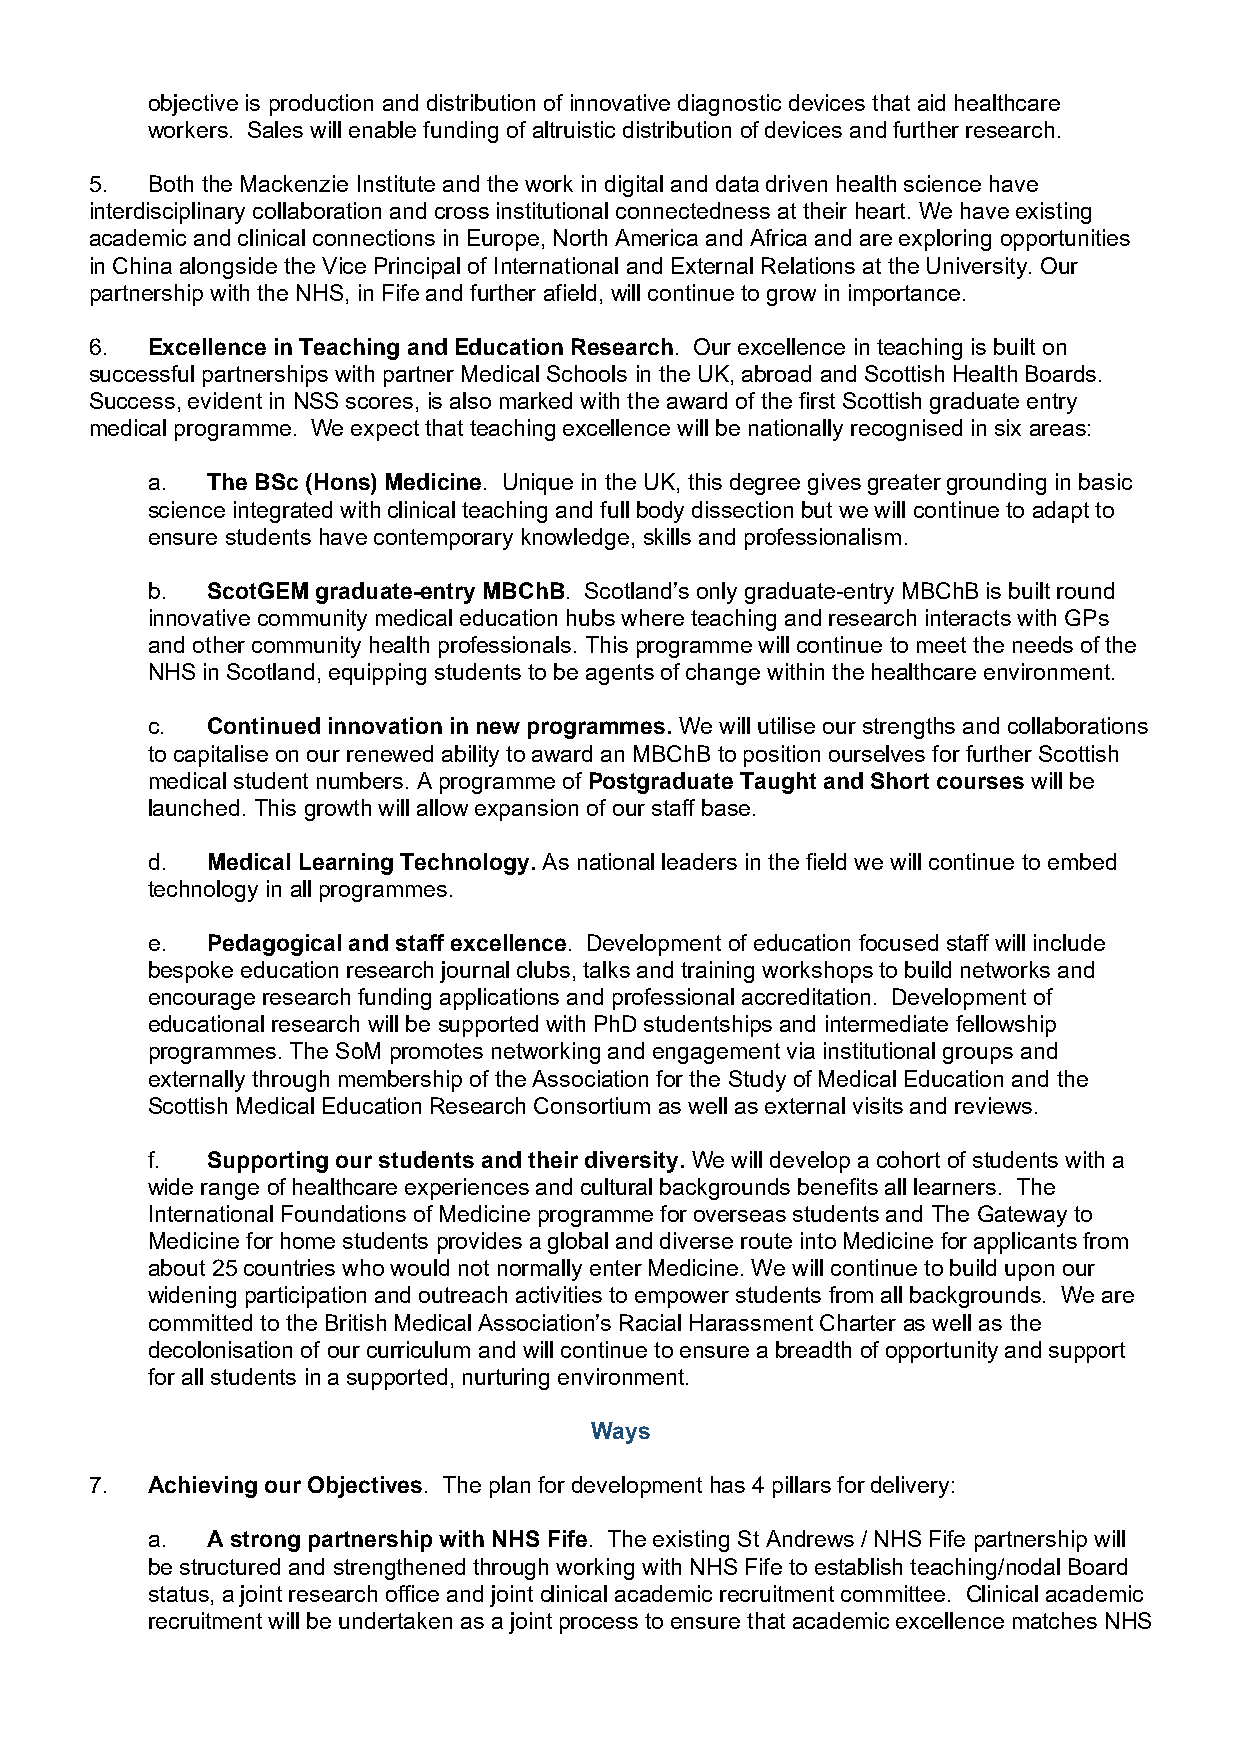
objective is production and distribution of innovative diagnostic devices that aid healthcare
 workers. Sales will enable funding of altruistic distribution of devices and further research.
 5.  Both the Mackenzie Institute and the work in digital and data driven health science have
 interdisciplinary collaboration and cross institutional connectedness at their heart. We have existing
 academic and clinical connections in Europe, North America and Africa and are exploring opportunities
 in China alongside the Vice Principal of International and External Relations at the University. Our
 partnership with the NHS, in Fife and further afield, will continue to grow in importance.
 6.  Excellence in Teaching and Education Research. Our excellence in teaching is built on
 successful partnerships with partner Medical Schools in the UK, abroad and Scottish Health Boards.
 Success, evident in NSS scores, is also marked with the award of the first Scottish graduate entry
 medical programme. We expect that teaching excellence will be nationally recognised in six areas:
 a.  The BSc (Hons) Medicine. Unique in the UK, this degree gives greater grounding in basic
 science integrated with clinical teaching and full body dissection but we will continue to adapt to
 ensure students have contemporary knowledge, skills and professionalism.
 b.  ScotGEM graduate-entry MBChB. Scotland’s only graduate-entry MBChB is built round
 innovative community medical education hubs where teaching and research interacts with GPs
 and other community health professionals. This programme will continue to meet the needs of the
 NHS in Scotland, equipping students to be agents of change within the healthcare environment.
 c.  Continued innovation in new programmes. We will utilise our strengths and collaborations
 to capitalise on our renewed ability to award an MBChB to position ourselves for further Scottish
 medical student numbers. A programme of Postgraduate Taught and Short courses will be
 launched. This growth will allow expansion of our staff base.
 d.  Medical Learning Technology. As national leaders in the field we will continue to embed
 technology in all programmes.
 e.  Pedagogical and staff excellence. Development of education focused staff will include
 bespoke education research journal clubs, talks and training workshops to build networks and
 encourage research funding applications and professional accreditation. Development of
 educational research will be supported with PhD studentships and intermediate fellowship
 programmes. The SoM promotes networking and engagement via institutional groups and
 externally through membership of the Association for the Study of Medical Education and the
 Scottish Medical Education Research Consortium as well as external visits and reviews.
 f.  Supporting our students and their diversity. We will develop a cohort of students with a
 wide range of healthcare experiences and cultural backgrounds benefits all learners. The
 International Foundations of Medicine programme for overseas students and The Gateway to
 Medicine for home students provides a global and diverse route into Medicine for applicants from
 about 25 countries who would not normally enter Medicine. We will continue to build upon our
 widening participation and outreach activities to empower students from all backgrounds. We are
 committed to the British Medical Association’s Racial Harassment Charter as well as the
 decolonisation of our curriculum and will continue to ensure a breadth of opportunity and support
 for all students in a supported, nurturing environment.
 Ways
 7.  Achieving our Objectives. The plan for development has 4 pillars for delivery:
 a.  A strong partnership with NHS Fife. The existing St Andrews / NHS Fife partnership will
 be structured and strengthened through working with NHS Fife to establish teaching/nodal Board
 status, a joint research office and joint clinical academic recruitment committee. Clinical academic
 recruitment will be undertaken as a joint process to ensure that academic excellence matches NHS